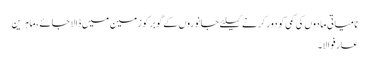
نامیاتی مادوں کی کمی کو دور کرنے کیلئے جانوروں کے گوبر کو زمین میں ڈالا جائے، ماہرین
عارفوالا۔